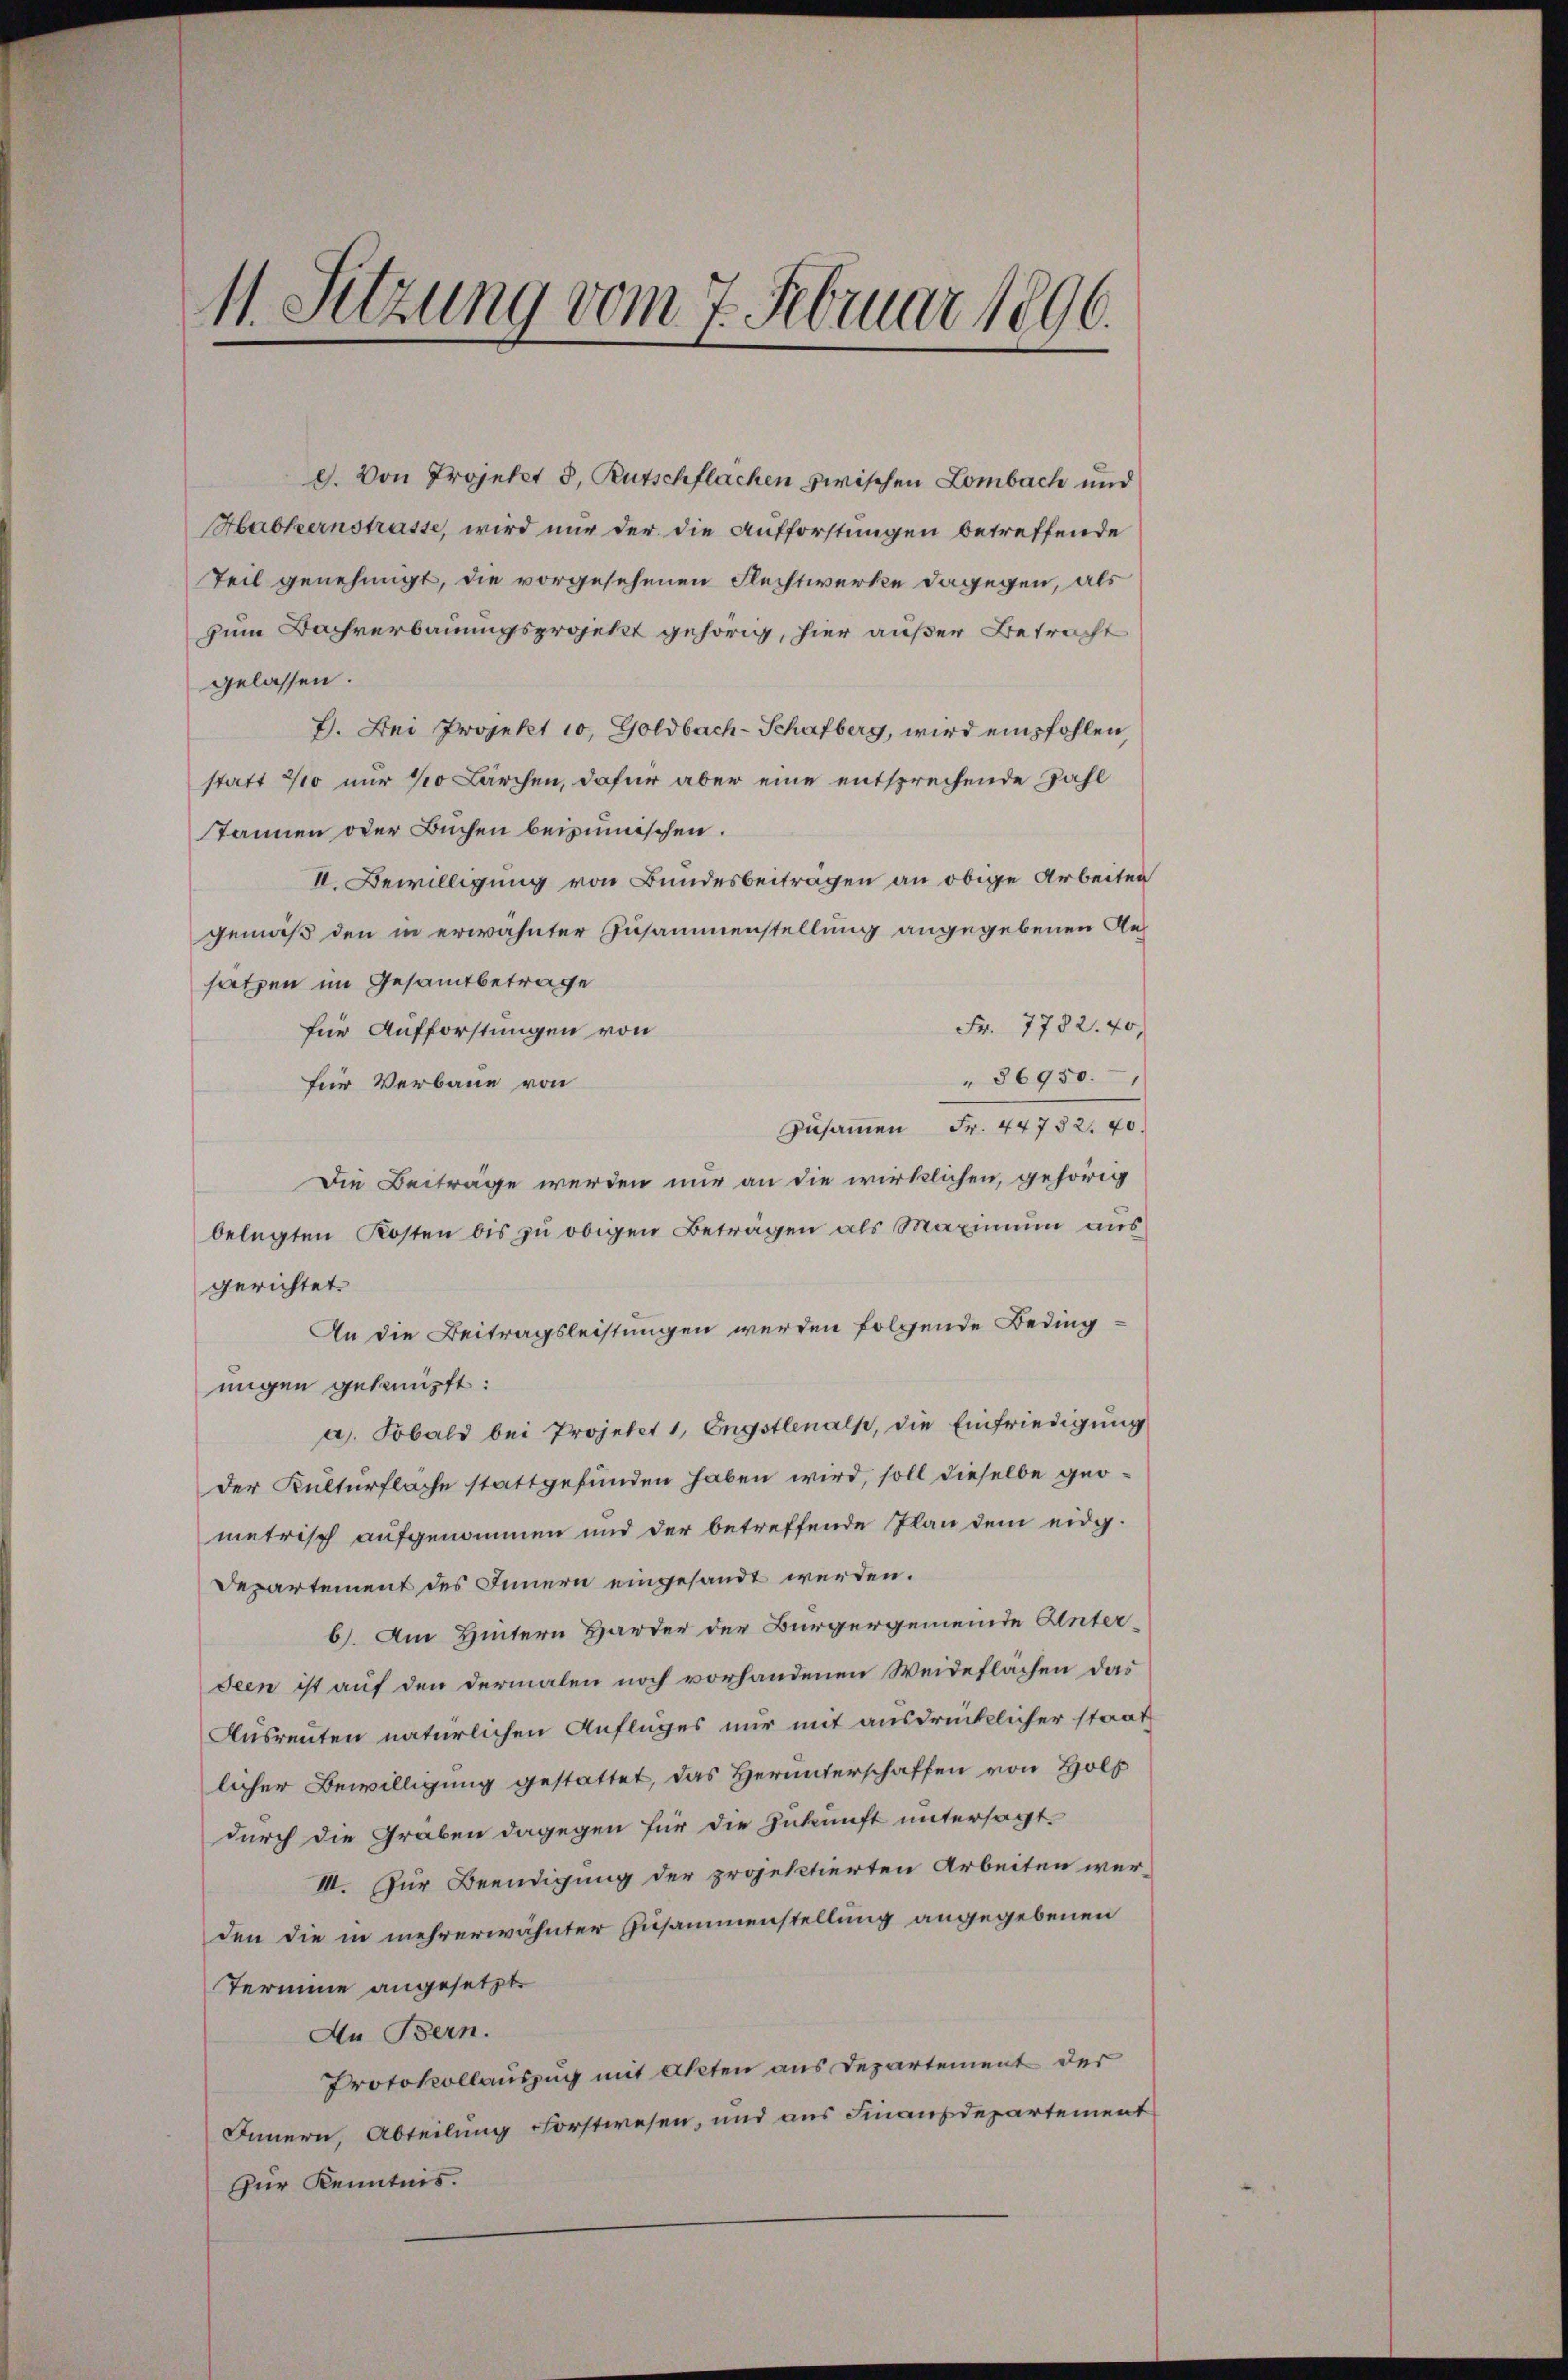
11. Sitzung vom 7. Februar 1896.

d. Von Projekt 3, Rutschflächen zwischen Lombach und
Habkernstrasse, wird nur der die Aufforstungen betreffende
Teil genehmigt, die vorgesehenen Flechtwerke dagegen, als
zum Dachverbauungsprojekt gehörig, hier außer Betracht
gelassen.
7. Bei Projekt 10, Goldbach-Schafberg, wird empfohlen,
statt 200 nur 10 Lärchen, dafür aber eine entsprechende Zahl
Tannen oder Buchen beizumischen.
II. Bewilligung von Bundesbeiträgen an obige Arbeiten
gemäß den in erwähnter Zusammenstellung angegebenen Ansätzen im Gesamtbetrage
Fr. 7782. 40
für Aufforstungen von
86950.
für Verbaue von
zusammen Fr. 44752. 40.
Die Beiträge werden nur an die wirklichen, gehörig
belegten Kosten bis zu obigen Beträgen als Maximum aus
gerichtet.
An die Beitragsleistungen werden folgende Beding
migen geknüpft:
a). Sobald bei Projekt 1, Engstlenalp, die Einfriedigung
der Kulturfläche stattgefunden haben wird, soll dieselbe geometrisch aufgenommen und der betreffende Plan dem eidg.
Departement des Innern eingesandt werden.
6). Am Hintern Harder der Bürgergemeinde Unterdeen ist auf den dermalen noch vorhandenen Weideflächen das
Ausreuten natürlichen Auflages nur mit ausdrücklicher staat
licher Bewilligung gestattet, das Herunterschaffen von Holz
durch die Graben dagegen für die Zukunft untersagt.
III. Zur Beendigung der projektierten Arbeiten wer-
den die in mehrerwähnter Zusammenstellung angegebenen
Termine angesetzt.
An Bern.
Protokollauszug mit Akten aus Departement der
Innern, Abteilung Forstwesen, und aus Finanzdepartement
Peer Kenntnis.